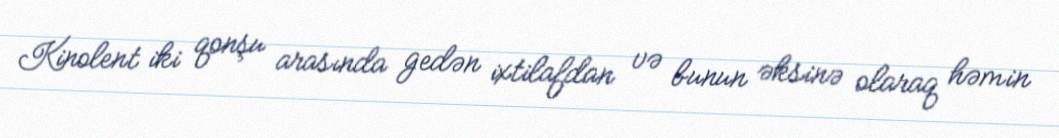
Kinolent iki qonşu arasında gedən ixtilafdan və bunun əksinə olaraq həmin